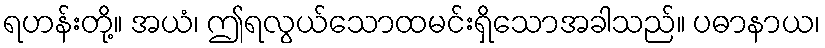
ရဟန်းတို့။ အယံ၊ ဤရလွယ်သောထမင်းရှိသောအခါသည်။ ပဓာနာယ၊